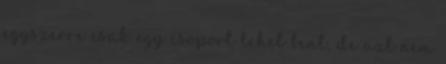
egyszerre csak egy csoport lehet bent, de azt nem